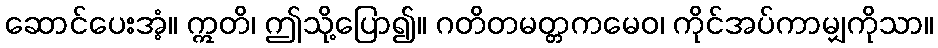
ဆောင်ပေးအံ့။ ဣတိ၊ ဤသို့ပြော၍။ ဂတိတမတ္တကမေဝ၊ ကိုင်အပ်ကာမျှကိုသာ။